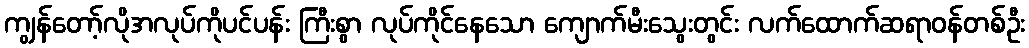
ကျွန်တော့်လိုအလုပ်ကိုပင်ပန်း ကြီးစွာ လုပ်ကိုင်နေသော ကျောက်မီးသွေးတွင်း လက်ထောက်ဆရာဝန်တစ်ဦး